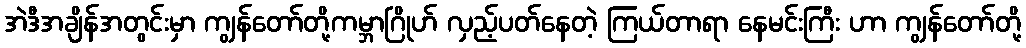
အဲဒီအချိန်အတွင်းမှာ ကျွန်တော်တို့ကမ္ဘာဂြိုဟ် လှည့်ပတ်နေတဲ့ ကြယ်တာရာ နေမင်းကြီး ဟာ ကျွန်တော်တို့